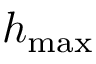
h _ { \mathrm { m a x } }